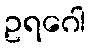
ဥရဂေါ